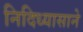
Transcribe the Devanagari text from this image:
निदिध्यासाने